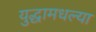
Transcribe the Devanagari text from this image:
युद्धामधल्या